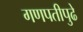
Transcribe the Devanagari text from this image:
गणपतीपुढे